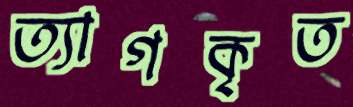
ত্যাগকৃত